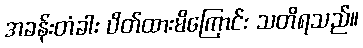
အခန်းတံခါး ပိတ်ထားမိကြောင်း သတိရသည်။